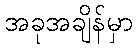
အခုအချိန်မှာ